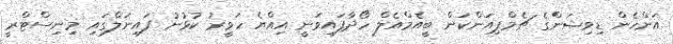
އަންހެން ޑިވިޝަންގެ ޗެމްޕިއަންކަން ބީއެމްއެލް ހޯދާފައިވަނީ އިއްޔެ ހަވީރު ކުޅުނު ފައިނަލްގައި މިނިސްޓްރީ